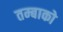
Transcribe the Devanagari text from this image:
तम्बाको